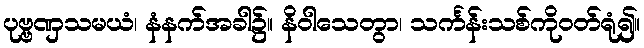
ပုဗ္ဗဏှသမယံ၊ နံနက်အခါ၌။ နိဝါသေတွာ၊ သင်္ကန်းသစ်ကိုဝတ်ရုံ၍။